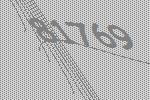
81769